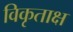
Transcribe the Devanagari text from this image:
विकृताक्ष